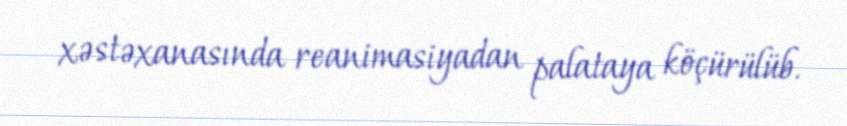
xəstəxanasında reanimasiyadan palataya köçürülüb.